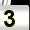
Digit: 3